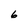
Character: 6